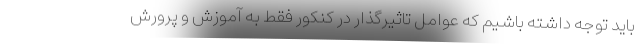
باید توجه داشته باشیم که عوامل تاثیرگذار در کنکور فقط به آموزش و پرورش